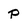
Character: P